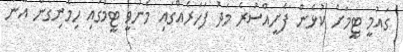
ގައުމީ ޓީމަށް ކުޅެން ފެށީއްސުރެ މަދު ފަހަރެއްގައި މެނުވީ ޓީމުގައި ހިމެނިގެން އޭނާ